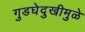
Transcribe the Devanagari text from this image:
गुडघेदुखीमुळे